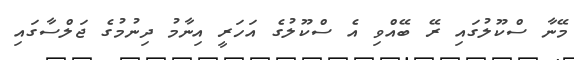
މޭނާ ސްކޫލުގައި ރޭ ބޭއްވި އެ ސްކޫލުގެ އަހަރީ އިނާމު ދިނުމުގެ ޖަލްސާގައި